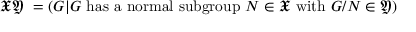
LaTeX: { \mathfrak { X } } { \mathfrak { Y } } ~ = ( G | G { \mathrm { ~ h a s ~ a ~ n o r m a l ~ s u b g r o u p ~ } } N \in { \mathfrak { X } } { \mathrm { ~ w i t h ~ } } G / N \in { \mathfrak { Y } } )